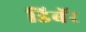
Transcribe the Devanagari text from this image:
डिबॅर